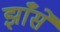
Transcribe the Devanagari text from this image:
झाँसे